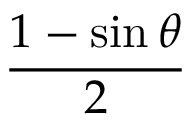
\frac { 1 - \sin \theta } { 2 }